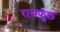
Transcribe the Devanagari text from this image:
रानफुल